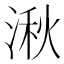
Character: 湫